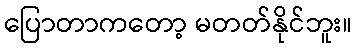
ပြောတာကတော့ မတတ်နိုင်ဘူး။